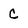
Character: C